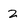
Character: z